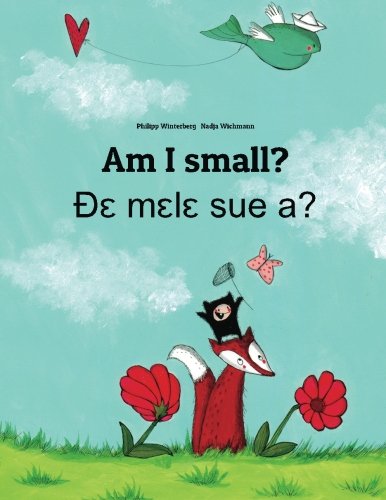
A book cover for Am I small? De mele sue a?: Children's Picture Book English-Ewe (Dual Language/Bilingual Edition); Philipp Winterberg; Children's Books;